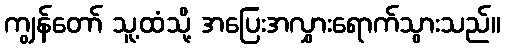
ကျွန်တော် သူ့ထံသို့ အပြေးအလွှားရောက်သွားသည်။